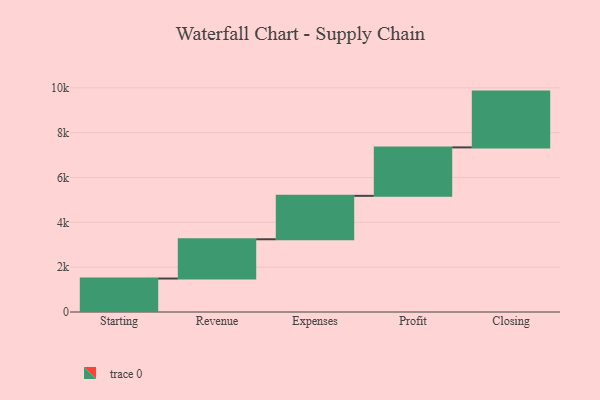
{"axis": {"x": "Step", "y": "Value"}, "legend": [""], "data": [{"x": "Starting", "y": 1493.0, "type": ""}, {"x": "Revenue", "y": 1752.0, "type": ""}, {"x": "Expenses", "y": 1937.0, "type": ""}, {"x": "Profit", "y": 2161.0, "type": ""}, {"x": "Closing", "y": 2489.0, "type": ""}]}